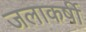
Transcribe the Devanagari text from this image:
जलाकर्षी